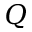
Q